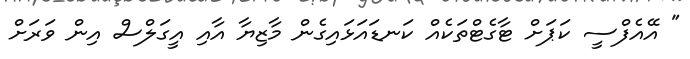
" އޭއެފްސީ ކަޕަށް ޓާގެޓްތަކެއް ކަނޑައަޅައިގެން މާޒިޔާ އާއި އީގަލްސް އިން ވަރަށް